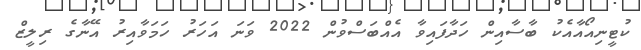
ކުޓީނިއޯއާއެކު ބާސާއިން ހަދާފައިވާ އެއްބަސްވުން 2022 ވަނަ އަހަރު ހަމަވާއިރު އޭނާގެ ރިލީޒް